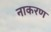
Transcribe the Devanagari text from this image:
नाकरण